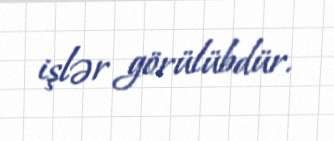
işlər görülübdür.